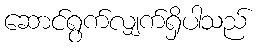
ဆောင်ရွက်လျှက်ရှိပါသည်